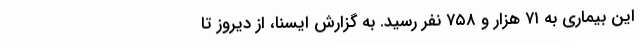
این بیماری به ۷۱ هزار و ۷۵۸ نفر رسید. به گزارش ایسنا، از دیروز تا